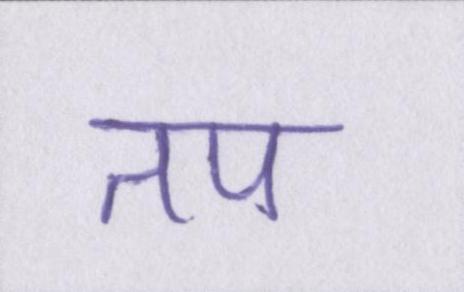
तप